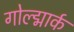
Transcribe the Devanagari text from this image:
गोल्द्मार्क